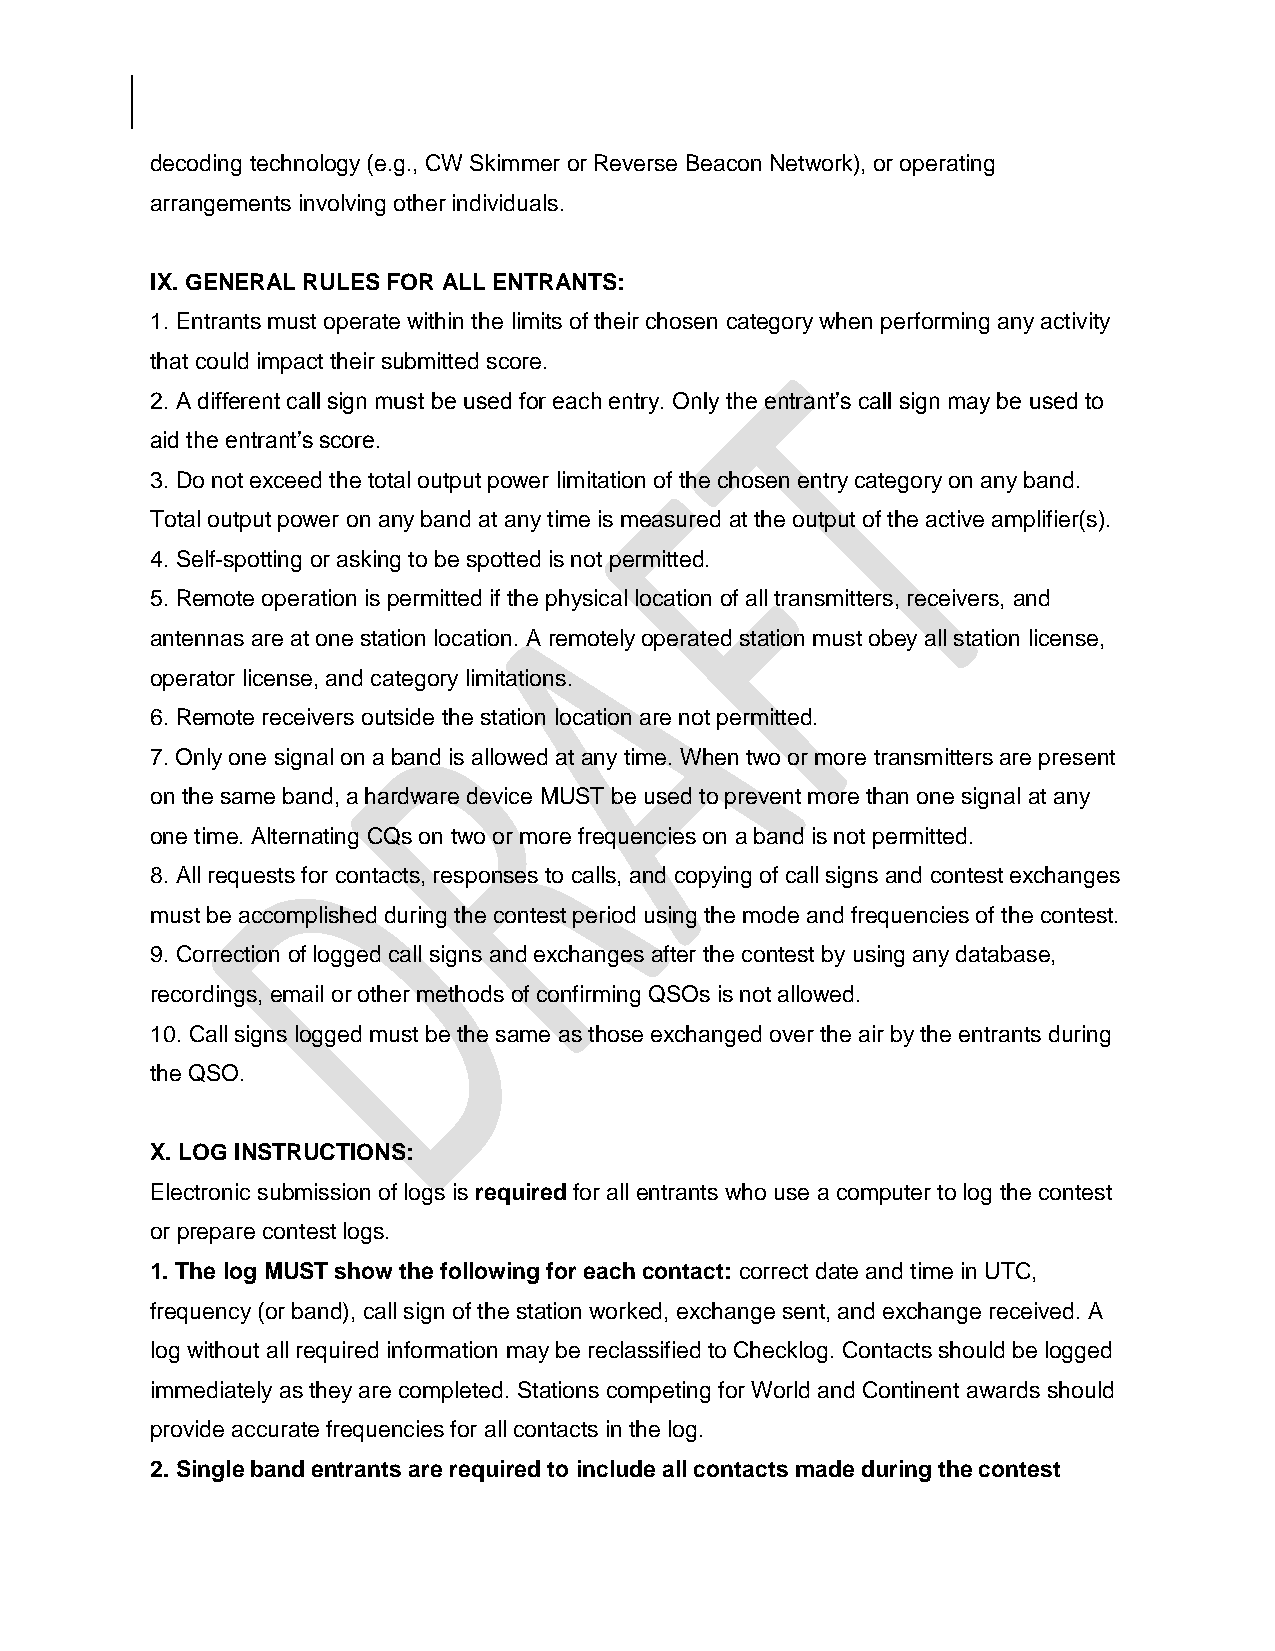
decoding technology (e.g., CW Skimmer or Reverse Beacon Network), or operating
 arrangements involving other individuals.
 IX. GENERAL RULES FOR ALL ENTRANTS:
 1. Entrants must operate within the limits of their chosen category when performing any activity
 that could impact their submitted score.
 2. A different call sign must be used for each entry. Only the entrant’s call sign may be used to
 aid the entrant’s score.
 3. Do not exceed the total output power limitation of the chosen entry category on any band.
 Total output power on any band at any time is measured at the output of the active amplifier(s).
 4. Self-spotting or asking to be spotted is not permitted.
 5. Remote operation is permitted if the physical location of all transmitters, receivers, and
 antennas are at one station location. A remotely operated station must obey all station license,
 operator license, and category limitations.
 6. Remote receivers outside the station location are not permitted.
 7. Only one signal on a band is allowed at any time. When two or more transmitters are present
 on the same band, a hardware device MUST be used to prevent more than one signal at any
 one time. Alternating CQs on two or more frequencies on a band is not permitted.
 8. All requests for contacts, responses to calls, and copying of call signs and contest exchanges
 must be accomplished during the contest period using the mode and frequencies of the contest.
 9. Correction of logged call signs and exchanges after the contest by using any database,
 recordings, email or other methods of confirming QSOs is not allowed.
 10. Call signs logged must be the same as those exchanged over the air by the entrants during
 the QSO.
 X. LOG INSTRUCTIONS:
 Electronic submission of logs is required for all entrants who use a computer to log the contest
 or prepare contest logs.
 1. The log MUST show the following for each contact: correct date and time in UTC,
 frequency (or band), call sign of the station worked, exchange sent, and exchange received. A
 log without all required information may be reclassified to Checklog. Contacts should be logged
 immediately as they are completed. Stations competing for World and Continent awards should
 provide accurate frequencies for all contacts in the log.
 2. Single band entrants are required to include all contacts made during the contest